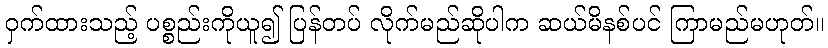
ဝှက်ထားသည့် ပစ္စည်းကိုယူ၍ ပြန်တပ် လိုက်မည်ဆိုပါက ဆယ်မိနစ်ပင် ကြာမည်မဟုတ်။